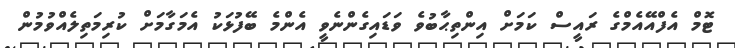
ޓޮމް އެފްއޭއެމްގެ ރައީސް ކަމަށް އިންތިޙާބުވެ ވަޑައިގެންނެވީ އެންމެ ބޭފުޅަކު އެމަގާމަށް ކުރިމަތިލެއްވުމުން